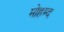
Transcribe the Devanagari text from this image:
मोहम्द